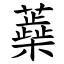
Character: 蘃